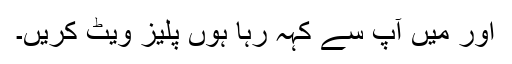
اور میں آپ سے کہہ رہا ہوں پلیز ویٹ کریں۔